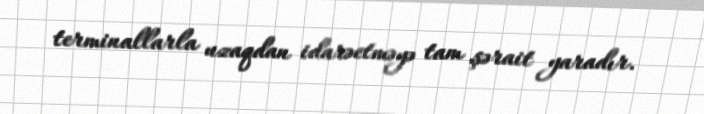
terminallarla uzaqdan idarəetməyə tam şərait yaradır.